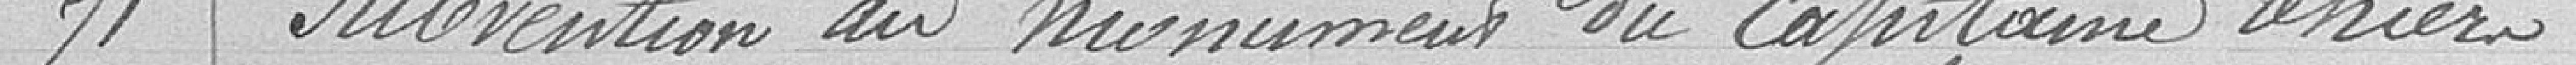
71 Subvention au monument du Capitaine Thiers